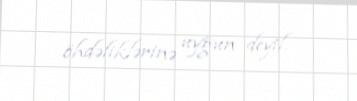
öhdəliklərinə uyğun deyil.